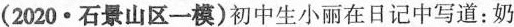
(2020·石景山区一模)初中生小丽在日记中写道：奶